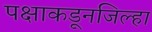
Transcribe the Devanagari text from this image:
पक्षाकडूनजिल्हा